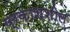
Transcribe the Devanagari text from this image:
प्रकाशशील